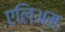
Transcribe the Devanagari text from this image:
एलिअम